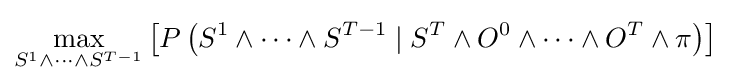
\max _{S^{1}\wedge \cdots \wedge S^{T-1}}\left[P\left(S^{1}\wedge \cdots \wedge S^{T-1}\mid S^{T}\wedge O^{0}\wedge \cdots \wedge O^{T}\wedge \pi \right)\right]